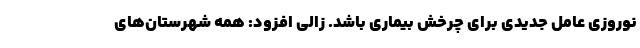
نوروزی عامل جدیدی برای چرخش بیماری باشد. زالی افزود: همه شهرستان‌های